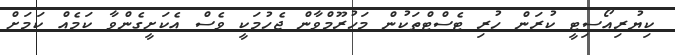
ކިޔުރިއޯސިޓީ ކުރަން ހުރި ޓެސްޓްތަކުން މަހުރޫމްވާން ޖެހުމަކީ ވެސް އެކަށީގެންވާ ކަމެއް ކަމަށް